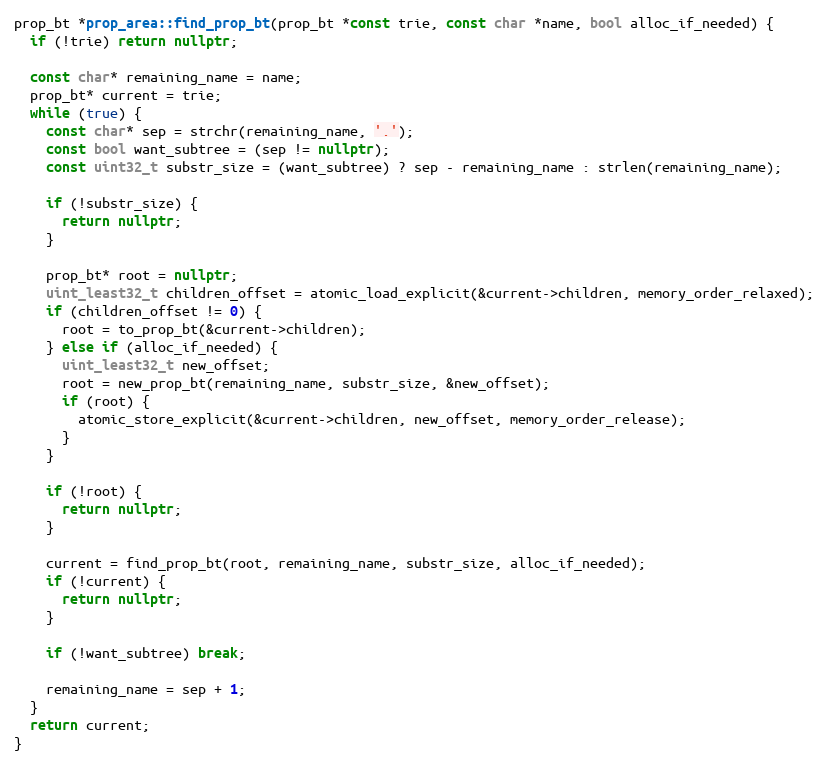
Language: C++
prop_bt *prop_area::find_prop_bt(prop_bt *const trie, const char *name, bool alloc_if_needed) {
  if (!trie) return nullptr;

  const char* remaining_name = name;
  prop_bt* current = trie;
  while (true) {
    const char* sep = strchr(remaining_name, '.');
    const bool want_subtree = (sep != nullptr);
    const uint32_t substr_size = (want_subtree) ? sep - remaining_name : strlen(remaining_name);

    if (!substr_size) {
      return nullptr;
    }

    prop_bt* root = nullptr;
    uint_least32_t children_offset = atomic_load_explicit(&current->children, memory_order_relaxed);
    if (children_offset != 0) {
      root = to_prop_bt(&current->children);
    } else if (alloc_if_needed) {
      uint_least32_t new_offset;
      root = new_prop_bt(remaining_name, substr_size, &new_offset);
      if (root) {
        atomic_store_explicit(&current->children, new_offset, memory_order_release);
      }
    }

    if (!root) {
      return nullptr;
    }

    current = find_prop_bt(root, remaining_name, substr_size, alloc_if_needed);
    if (!current) {
      return nullptr;
    }

    if (!want_subtree) break;

    remaining_name = sep + 1;
  }
  return current;
}